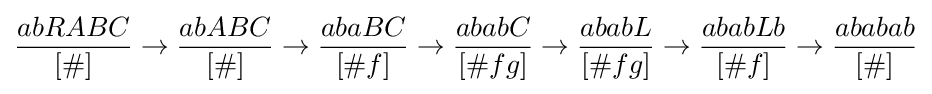
{\frac {abRABC}{[\#]}}\to {\frac {abABC}{[\#]}}\to {\frac {abaBC}{[\#f]}}\to {\frac {ababC}{[\#fg]}}\to {\frac {ababL}{[\#fg]}}\to {\frac {ababLb}{[\#f]}}\to {\frac {ababab}{[\#]}}